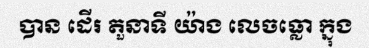
បាន ដើរ តួនាទី យ៉ាង លេចធ្លោ ក្នុង